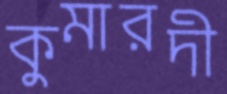
কুমারদী